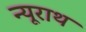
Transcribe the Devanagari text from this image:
न्यूराथ